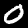
Digit: 0